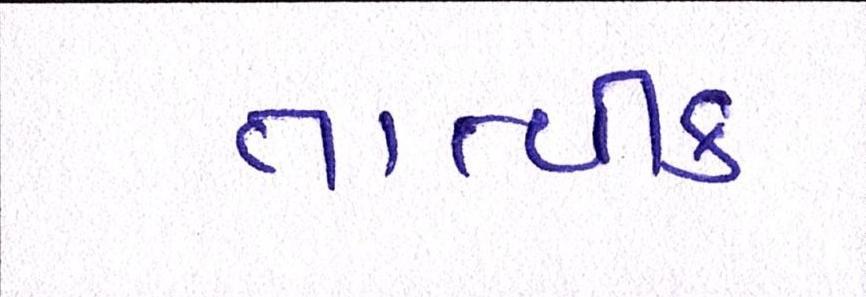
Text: તાત્વીક